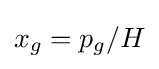
x_{g}=p_{g}/H